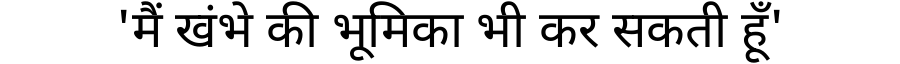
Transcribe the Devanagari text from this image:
'मैं खंभे की भूमिका भी कर सकती हूँ'